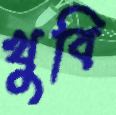
খুবি